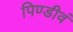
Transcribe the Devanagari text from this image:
पिण्डीवं